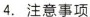
4. 注意事项